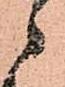
被